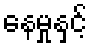
နေမှုနှင့်